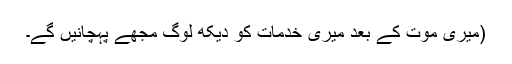
(میری موت کے بعد میری خدمات کو دیکھ لوگ مجھے پہچانیں گے۔